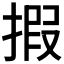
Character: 𢱈